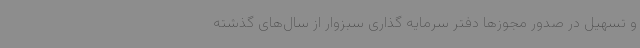
و تسهیل در صدور مجوزها دفتر سرمایه‌ گذاری سبزوار از سال‌های گذشته